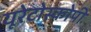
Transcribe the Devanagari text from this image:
यूरेटोस्कोपी